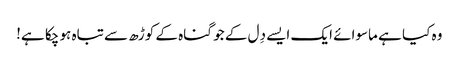
وہ کیا ہے ماسوائے ایک ایسے دِل کے جو گناہ کے کوڑھ سے تباہ ہو چکا ہے!